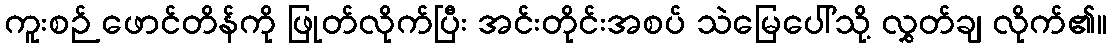
ကူးစဉ် ဖောင်တိန်ကို ဖြုတ်လိုက်ပြီး အင်းတိုင်းအစပ် သဲမြေပေါ်သို့ လွှတ်ချ လိုက်၏။